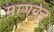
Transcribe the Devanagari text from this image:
मागवत